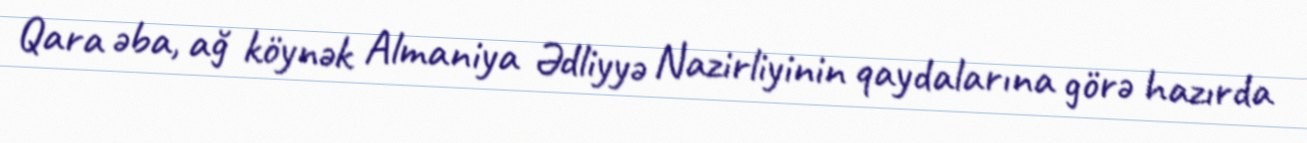
Qara əba, ağ köynək Almaniya Ədliyyə Nazirliyinin qaydalarına görə hazırda